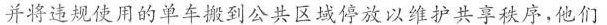
并将违规使用的单车搬到公共区城停放以维护共享秩序，他们